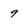
Character: 9